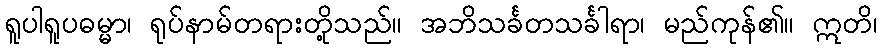
ရူပါရူပဓမ္မာ၊ ရုပ်နာမ်တရားတို့သည်။ အဘိသင်္ခတသင်္ခါရာ၊ မည်ကုန်၏။ ဣတိ၊